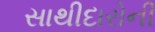
સાથીદારોની